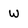
Character: w